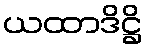
ယထာဒိဋ္ဌိ